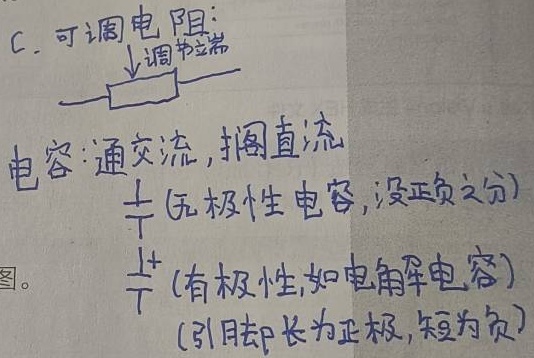
C. 可调电阻: \(\overset{调节端}{\searrow}\ \boxed{}\)
电容: 通交流, 隔直流
\(\overset{+}{||}\)（无极性电容, 没正负之分）
\(\overset{+}{\underline{||}}\)（有极性, 如电解电容） (引脚长为正极, 短为负)